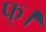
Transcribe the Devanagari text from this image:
फ्।